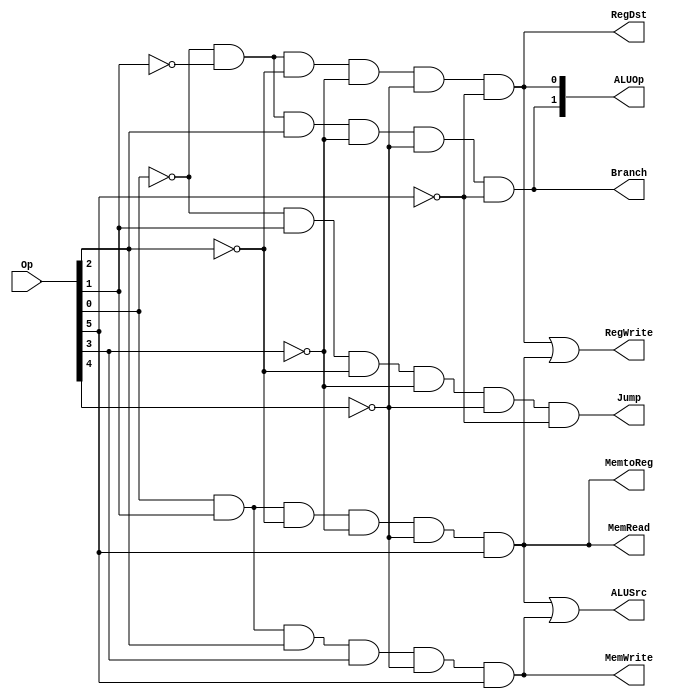
module MainControlUnit (RegDst, ALUSrc, MemtoReg, RegWrite, MemRead, MemWrite, Branch, Jump, ALUOp, Op);
	input [5:0] Op;
	output RegDst, ALUSrc, MemtoReg, RegWrite, MemRead, MemWrite, Branch, Jump;
	output [1:0] ALUOp;
	wire Rformat, lw, sw, beq;
	
	assign Rformat = (~Op[0]) & (~Op[1]) & (~Op[2]) & (~Op[3]) & (~Op[4]) & (~Op[5]);
	assign lw = (Op[0]) & (Op[1]) & (~Op[2]) & (~Op[3]) & (~Op[4]) & (Op[5]);
	assign sw = (Op[0]) & (Op[1]) & (Op[2]) & (Op[3]) & (~Op[4]) & (Op[5]);
	assign beq = (~Op[0]) & (~Op[1]) & (Op[2]) & (~Op[3]) & (~Op[4]) & (~Op[5]);
	assign Jump = (~Op[0]) & (Op[1]) & (~Op[2]) & (~Op[3]) & (~Op[4]) & (~Op[5]);
	assign RegDst = Rformat;
	assign ALUSrc = lw | sw;
	assign MemtoReg = lw;
	assign RegWrite = Rformat | lw;
	assign MemRead = lw;
	assign MemWrite = sw;
	assign Branch = beq;
	assign ALUOp[0] = Rformat;
	assign ALUOp[1] = beq;
	
endmodule